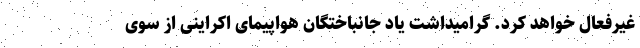
غیرفعال خواهد کرد. گرامیداشت یاد جانباختگان هواپیمای اکراینی از سوی